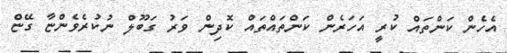
އެހެން ކަންތައް ކުރީ އަހަރެން ކަންތައްތައް ކޮދިން ވަރު ގަބޫލް ނުކުރެވެންޏާ ގޭޏް